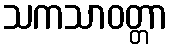
သကသာဝတ္တာ